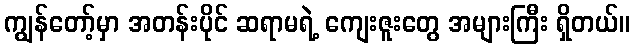
ကျွန်တော့်မှာ အတန်းပိုင် ဆရာမရဲ့ ကျေးဇူးတွေ အများကြီး ရှိတယ်။